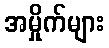
အမှိုက်များ